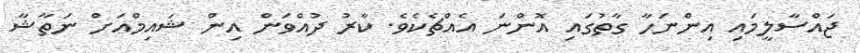
ޖައްސާލީމައި އިންނަހާ ގާތުގައި އޮންނަ އެއްޗެކެވެ. ކާރު ދުއްވަން އިން ޝައިމްއަށް ނަތާޝާ